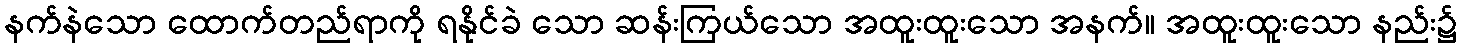
နက်နဲသော ထောက်တည်ရာကို ရနိုင်ခဲ သော ဆန်းကြယ်သော အထူးထူးသော အနက်။ အထူးထူးသော နည်း၌